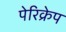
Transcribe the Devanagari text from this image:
पेरिक्रेप